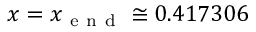
x = x _ { \mathrm { ~ e ~ n ~ d ~ } } \cong 0 . 4 1 7 3 0 6